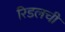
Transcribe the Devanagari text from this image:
रिडलची